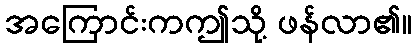
အကြောင်းကဤသို့ ဖန်လာ၏။